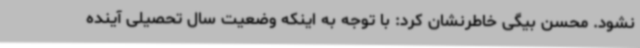
نشود. محسن بیگی خاطرنشان کرد: با توجه به اینکه وضعیت سال تحصیلی آینده